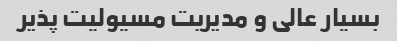
بسیار عالی و مدیریت مسیولیت پذیر